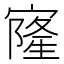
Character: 㝫